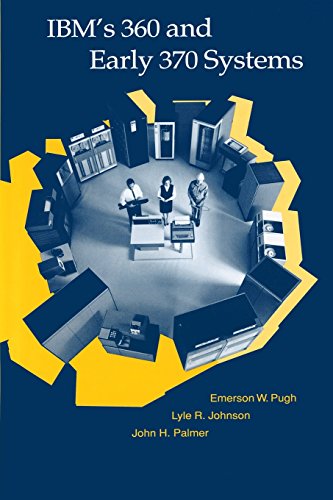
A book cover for IBM's 360 and Early 370 Systems (History of Computing); Emerson W. Pugh; Computers & Technology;